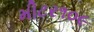
મીટર૧૦૯